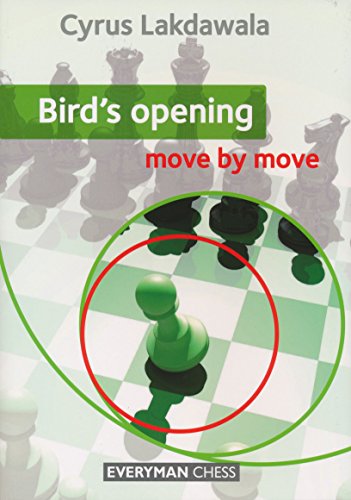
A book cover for Birds' Opening: Move by Move; Cyrus Lakdawala; Humor & Entertainment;